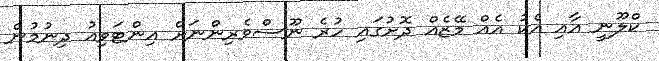
ކްލޫނީ އާއި އެކު އެއް މޭޒެއް ދޮށުގައި ހުރެ ނޫސްވެރިންނަށް އިންޓަވިއު ދިނުމުން